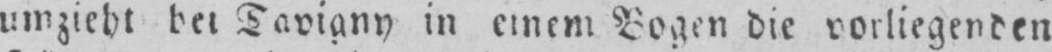
in einem Bogen die vorliegenden